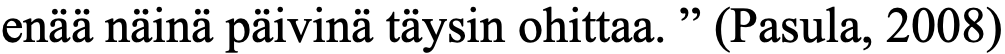
enää näinä päivinä täysin ohittaa. ” (Pasula, 2008)